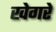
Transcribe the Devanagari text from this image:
खेगरे